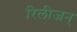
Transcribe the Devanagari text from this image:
रिलीजन्